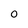
Character: 0